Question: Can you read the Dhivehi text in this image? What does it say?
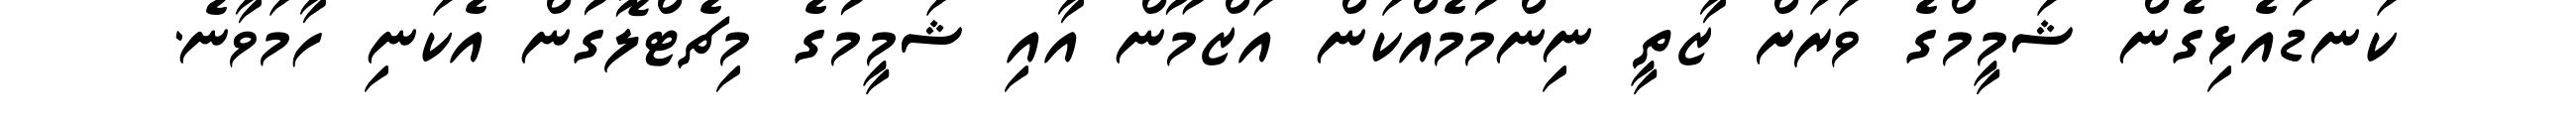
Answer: ކަނޑައެޅިގެން ޝަމީމްގެ ވަރަށް ޒާތީ ނިންމުމެއްކަން އަޒްމޫން އާއި ޝަމީމުގެ މިޗެޓްލޮގުން އެކަނި ހާމަވާނެ.